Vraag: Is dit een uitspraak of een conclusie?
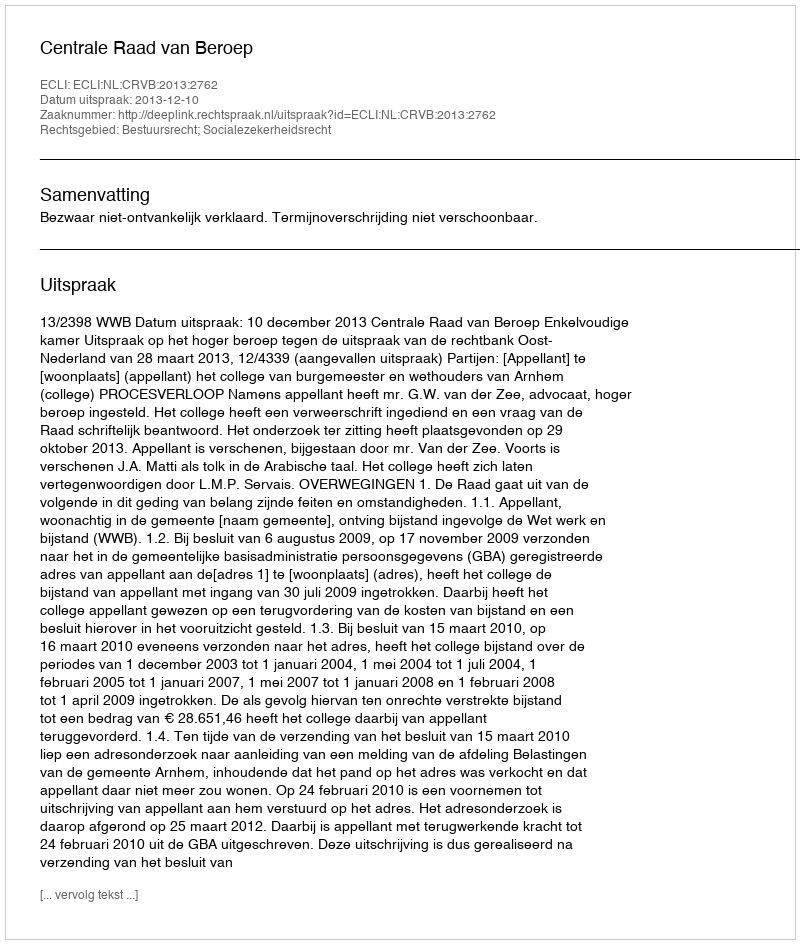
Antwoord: Uitspraak